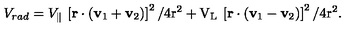
V _ { r a d } = V _ { \| } \: \left[ \bf r \cdot \left( v _ { \mathrm { 1 } } + v _ { \mathrm { 2 } } \right) \right] ^ { \mathrm { 2 } } / 4 \mathrm { r ^ { 2 } + V _ { L } \: \left[ \bf r \cdot \left( v _ { \mathrm { 1 } } - v _ { \mathrm { 2 } } \right) \right] ^ { \mathrm { 2 } } / 4 \mathrm { r ^ { 2 } . } }